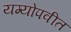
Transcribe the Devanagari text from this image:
यग्योपवीत